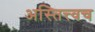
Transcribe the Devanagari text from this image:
अस्तित्त्वच